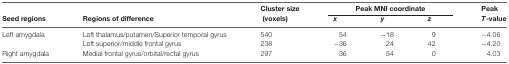
<table><thead><tr><td></td><td></td><td><b>Cluster size</b></td><td colspan="3"><b>Peak MNI coordinate</b></td><td><b>Peak</b></td></tr><tr><td><b>Seed regions</b></td><td><b>Regions of difference</b></td><td><b>(voxels)</b></td><td><b><i>x</i></b></td><td><b><i>y</i></b></td><td><b><i>z</i></b></td><td><b><i>T</i>-value</b></td></tr></thead><tbody><tr><td>Left amygdala</td><td>Left thalamus/putamen/Superior temporal gyrus</td><td>540</td><td>54</td><td>−18</td><td>9</td><td>−4.06</td></tr><tr><td></td><td>Left superior/middle frontal gyrus</td><td>238</td><td>−36</td><td>24</td><td>42</td><td>−4.20</td></tr><tr><td>Right amygdala</td><td>Medial frontal gyrus/orbital/rectal gyrus</td><td>297</td><td>36</td><td>54</td><td>0</td><td>4.03</td></tr></tbody></table>